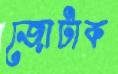
জোটাক